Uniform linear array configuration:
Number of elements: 48
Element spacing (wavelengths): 0.5
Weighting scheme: exponential
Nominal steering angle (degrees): -15
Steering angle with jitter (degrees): -13.963
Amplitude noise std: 0.05
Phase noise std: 0.05

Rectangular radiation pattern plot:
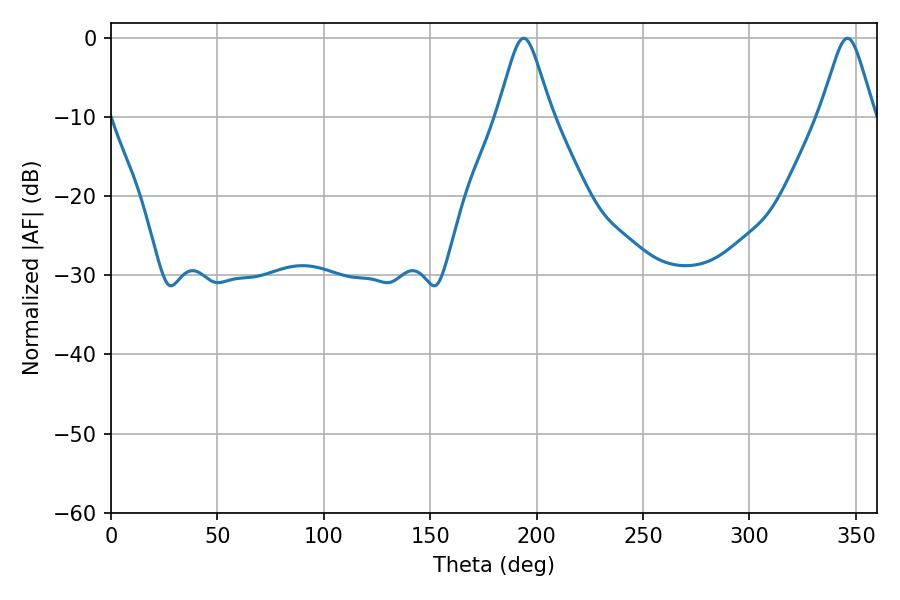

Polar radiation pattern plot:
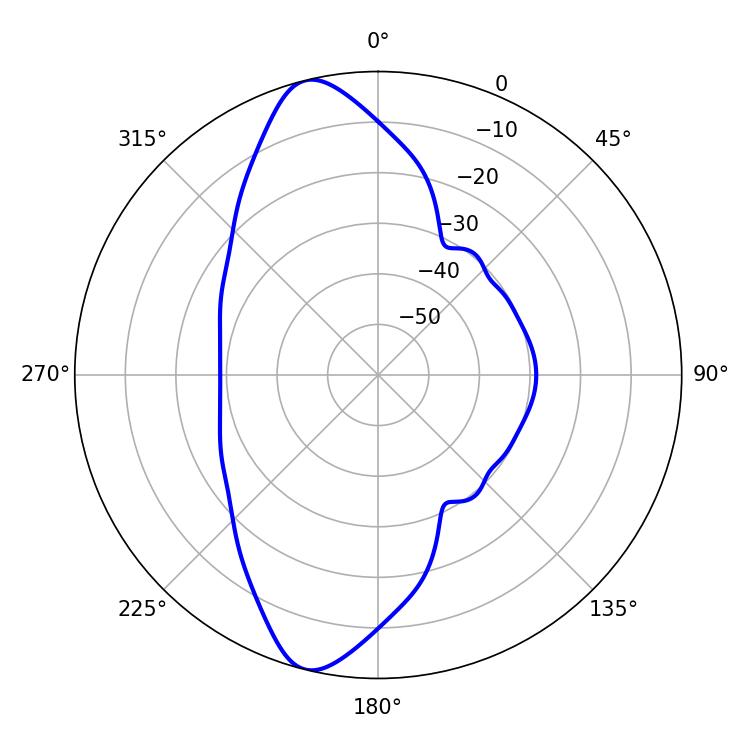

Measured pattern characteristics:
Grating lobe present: FALSE
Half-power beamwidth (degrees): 12.06
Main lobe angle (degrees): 193.86